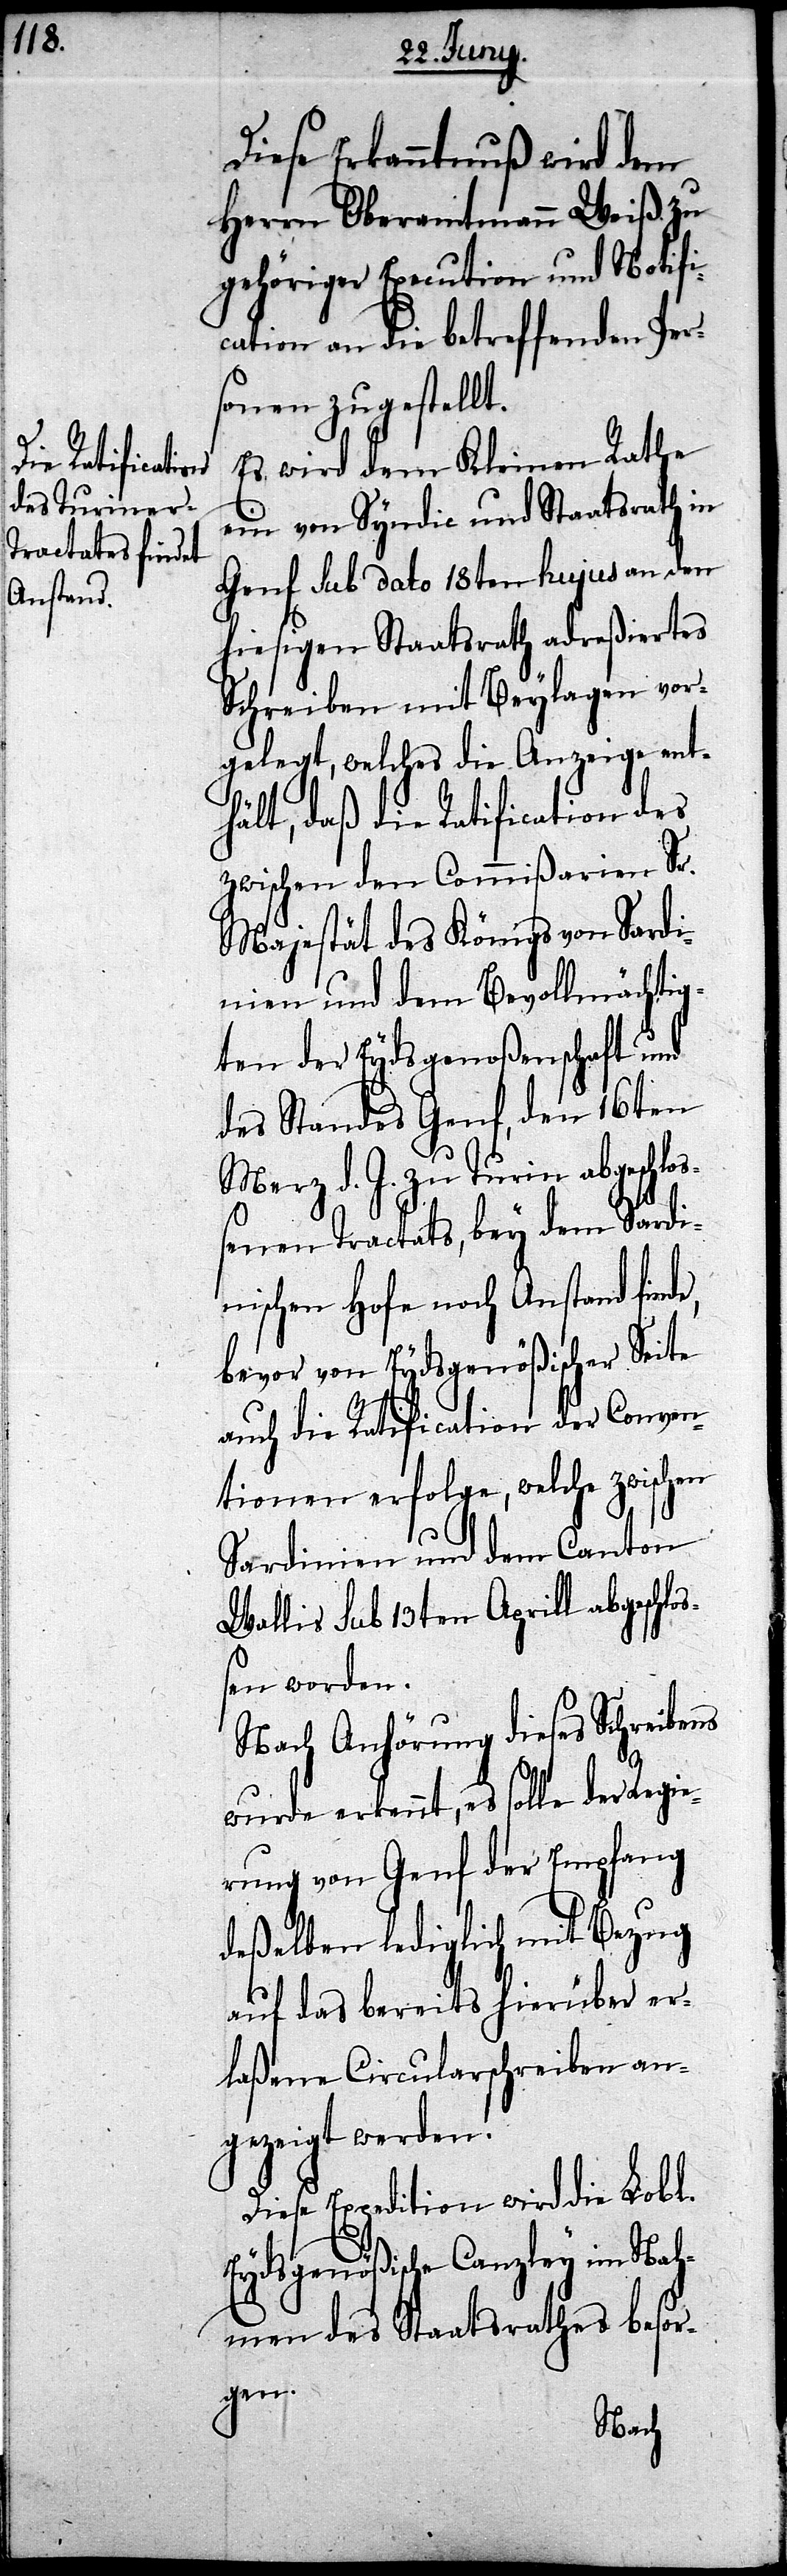
e,

Diese Erkanntnuß wird dem
Herrn Oberamtmann Weiß zu
gehöriger Execution und Notifi¬
cation an die betreffenden Per¬
sonen zugestellt.
Es wird dem Kleinen Rathe
ein von Syndic und Staatsrath in
Genf Sub dato 18ten hujus an den
hiesigen Staatsrath adreßiertes
Schreiben mit Beylagen vor¬
gelegt, welches die Anzeige ent¬
hält, daß die Ratification des
zwischen den Commißarien Sr.
Majestät des Königs von Sardi¬
nien und dem Bevollmächtig¬
ten der Eydsgenoßenschaft und
des Standes Genf, den 16ten
Merz d. J. zu Turin abgeschlo¬
ßenen Tractats, bey dem Sardi¬
nischen Hofe noch Anstand find¬
bevor von Eydsgenößischer Seite
auch die Ratification der Conven¬
tionen erfolge, welche zwischen
Sardinien und dem Canton
Wallis Sub 13ten Aprill abgeschlo¬
ßen worden.
Nach Anhörung dieses Schreibens
wurde erkennt, es solle der Regie¬
rung von Genf der Empfang
deßelben lediglich mit Bezug
auf das bereits hierüber er¬
laßene Circularschreiben an¬
gezeigt werden.
Diese Expedition wird die Lobl.
Eydsgenößische Canzley im Nah¬
men des Staatsrathes besor¬
gen.